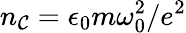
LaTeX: n_{\mathcal{C}}=\epsilon_{0}m\omega_{0}^{2}/e^{2}